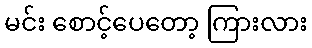
မင်း စောင့်ပေတော့ ကြားလား